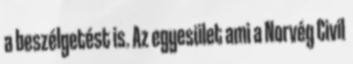
a beszélgetést is. Az egyesület ami a Norvég Civil